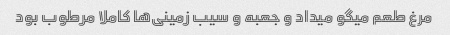
مرغ طعم میگو میداد و جعبه و سیب زمینی‌ها کاملا مرطوب بود